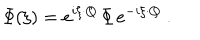
{ \mit \Phi } ( \xi ) = e ^ { i \xi \cdot Q } \, { \mit \Phi } \, e ^ { - i \xi \cdot Q } \ .